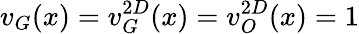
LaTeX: v_{G}(x)=v_{G}^{2D}(x)=v_{O}^{2D}(x)=1